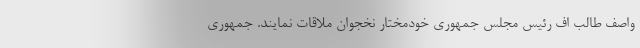
واصف طالب اف رئیس مجلس جمهوری خودمختار نخجوان ملاقات نمایند. جمهوری